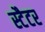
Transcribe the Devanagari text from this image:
स्टैटर